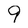
Character: 9